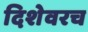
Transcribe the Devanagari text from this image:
दिशेवरच